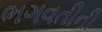
ભગવતીની